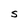
Character: S